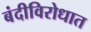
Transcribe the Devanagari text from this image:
बंदीविरोधात